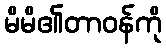
မိမိ၏တာဝန်ကို